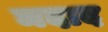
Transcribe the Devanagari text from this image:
मदाद